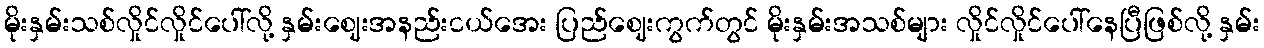
မိုးနှမ်းသစ်လှိုင်လှိုင်ပေါ်လို့ နှမ်းဈေးအနည်းငယ်အေး ပြည်ဈေးကွက်တွင် မိုးနှမ်းအသစ်များ လှိုင်လှိုင်ပေါ်နေပြီဖြစ်လို့ နှမ်း